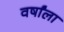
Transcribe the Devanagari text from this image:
वर्षांला